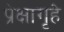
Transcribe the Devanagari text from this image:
प्रेक्षागृहे